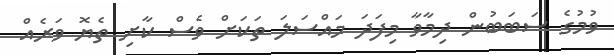
ވުމުގެ ސަބަބުން ދިމާވާ މިފަދަ މައްސަލަ ތަކަށް ވެސް ކާށި ތެޔޮ ވަރެއް